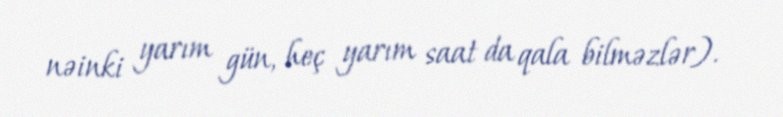
nəinki yarım gün, heç yarım saat da qala bilməzlər).